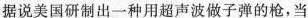
据说美国研制出一种用超声波做子弹的枪，当